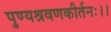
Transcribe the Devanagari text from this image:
पुण्यश्रवणकीर्तनः।।